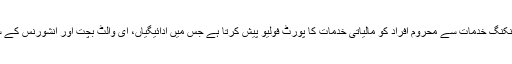
اس طرح ایزی پیسہ بینکنگ خدمات سے محروم افراد کو مالیاتی خدمات کا پورٹ فولیو پیش کرتا ہے جس میں ادائیگیاں، ای والٹ بچت اور انشورنس کے ساتھ منتقلیاں شامل ہیں۔